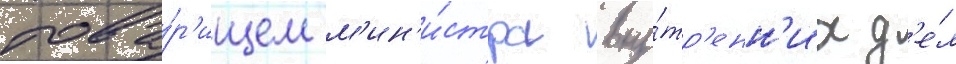
това́р'ищем м'ин'и́стра вну́тр'енн'их д'е́л